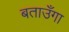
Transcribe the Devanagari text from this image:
बताउँगा